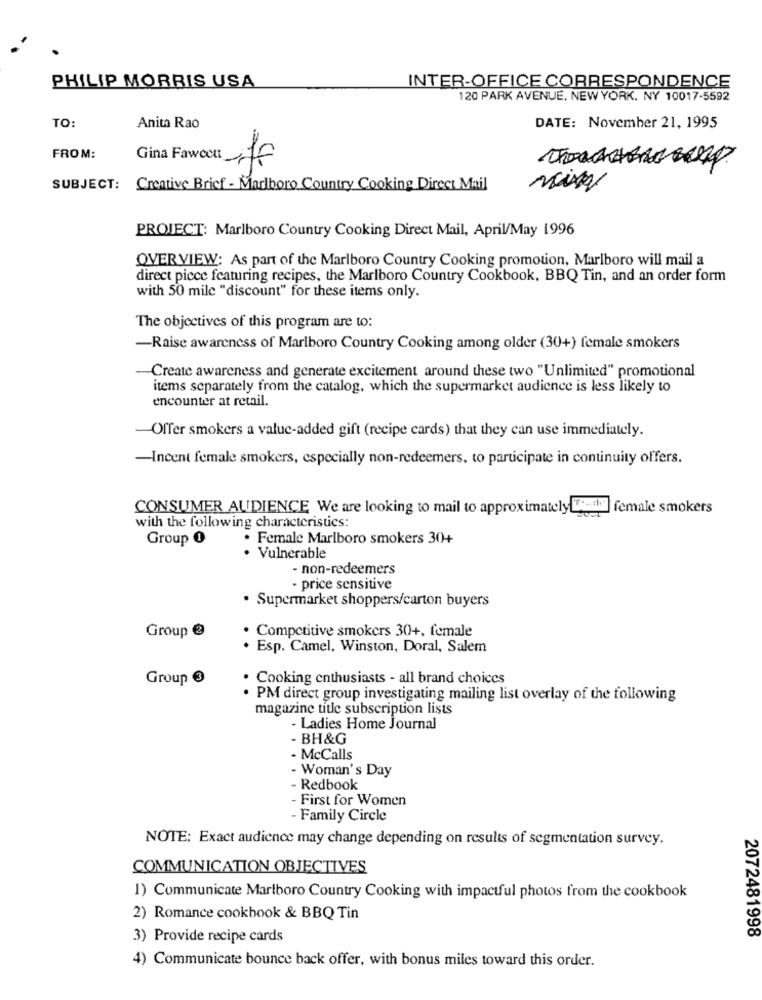
PHILIP MORRIS USA
INTER-OFFICE CORRESPONDENCE
120 PARK AVENUE, NEW YORK, NY 10017-5592
TO:
Anita Rao
DATE: November 21, 1995
FROM:
Gina Fawcon
SUBJECT:
Creative Brief - Marlboro Country Cooking Direct Mail
PROJECT: Marlboro Country Cooking Direct Mail, April/May 1996
OVER VIEW: As part of the Marlboro Country Cooking promotion, Marlboro will mail a
direct piece featuring recipes, the Marlboro Country Cookbook, BBQ Tin, and an order form
with 50 mile "discount" for these items only.
The objectives of this program are to:
-Raise awareness of Marlboro Country Cooking among older (30+) female smokers
Create awareness and generate excitement around these two "Unlimited" promotional
items separately from the catalog, which the supermarket audience is less likely to
encounter at retail.
Offer smokers a value-added gift (recipe cards) that they can use immediately.
-Incent female smokers, especially non-redeemers, to participate in continuity offers.
CONSUMER AUDIENCE We are looking to mail to approximately the female smokers
with the following characteristics:
Group O
· Female Marlboro smokers 30+
· Vulnerable
- non-redeemers
- price sensitive
· Supermarket shoppers/carton buyers
· Competitive smokers 30+, female
Group €
. Esp. Camel. Winston, Doral, Salem
Group 3
· Cooking enthusiasts - all brand choices
. PM direct group investigating mailing list overlay of the following
magazine title subscription lists
- Ladies Home Journal
- BH&G
- McCalls
- Woman's Day
- Redbook
First for Women
- Family Circle
NOTE: Exact audience may change depending on results of segmentation survey.
COMMUNICATION OBJECTIVES
1) Communicate Marlboro Country Cooking with impactful photos from the cookbook
2) Romance cookbook & BBQ Tin
3) Provide recipe cards
2072481998
4) Communicate bounce back offer, with bonus miles toward this order.